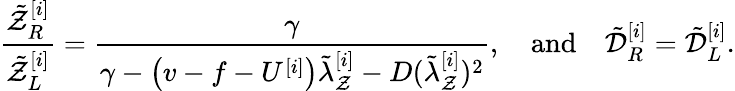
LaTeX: \frac{\tilde{\mathcal{Z}}_{R}^{[i]}}{\tilde{\mathcal{Z}}_{L}^{[i]}}=\frac{\gamma}{\gamma-\left(v-f-U^{[i]}\right)\tilde{\lambda}_{\mathcal{Z}}^{[i]}-D(\tilde{\lambda}_{\mathcal{Z}}^{[i]})^{2}},\quad\mathrm{and}\quad\tilde{\mathcal{D}}_{R}^{[i]}=\tilde{\mathcal{D}}_{L}^{[i]}.